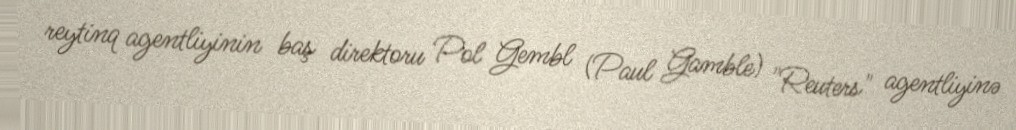
reytinq agentliyinin baş direktoru Pol Gembl (Paul Gamble) "Reuters" agentliyinə